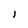
Character: i